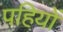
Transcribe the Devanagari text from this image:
पहियोें